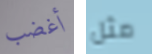
أغضب مثل